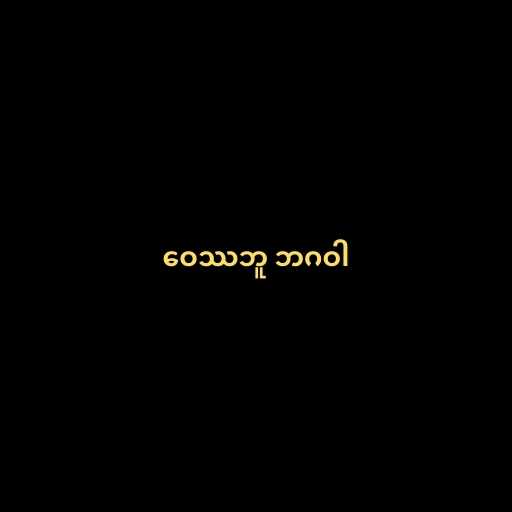
ဝေဿဘူ ဘဂဝါ